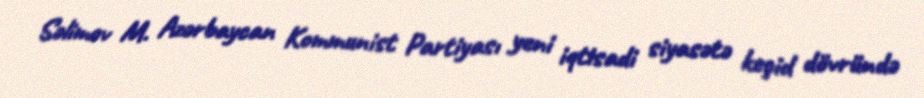
Səlimov M. Azərbaycan Kommunist Partiyası yeni iqtisadi siyasətə keçid dövründə